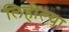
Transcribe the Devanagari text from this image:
लिहील्या